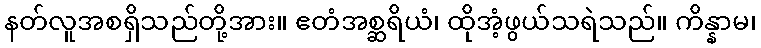
နတ်လူအစရှိသည်တို့အား။ ဧတံအစ္ဆရိယံ၊ ထိုအံ့ဖွယ်သရဲသည်။ ကိန္နာမ၊